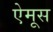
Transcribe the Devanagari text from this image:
ऐमूस